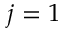
j = 1